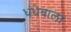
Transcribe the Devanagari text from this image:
धंधेवाला